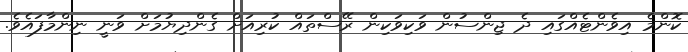
ކޮންމެ އިވެންޓެއްގައި ދެ ޖިންސުން ވަކިވަކިން ރޭސްތައް ކުރިއަށް ގެންދިޔުމަށް ވަނީ ނިންމާފައެވެ.